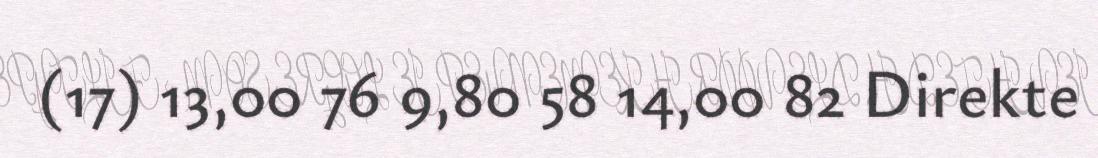
(17) 13,00 76 9,80 58 14,00 82 Direkte